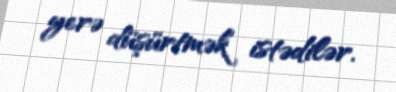
yerə düşürtmək istədilər.